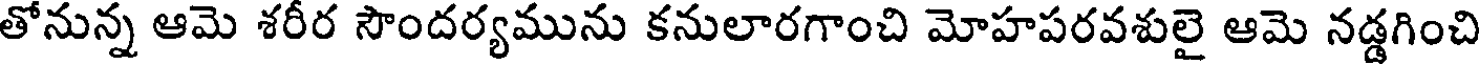
తోనున్న ఆమె శరీర సౌందర్యమును కనులారగాంచి మోహపరవశులై ఆమె నడ్డగించి